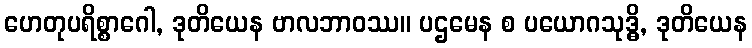
ဟေတုပရိစ္စာဂေါ, ဒုတိယေန ဗာလဘာဝဿ။ ပဌမေန စ ပယောဂသုဒ္ဓိ, ဒုတိယေန